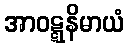
အာဝဋ္ဋနိမာယံ